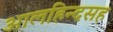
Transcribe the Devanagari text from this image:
आलहिन्दसह